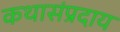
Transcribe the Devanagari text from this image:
कथासंप्रदाय